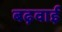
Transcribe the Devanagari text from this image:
बढ़वाई